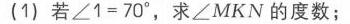
请补充图片内容，以便我完成任务。